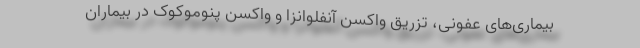
بیماری‌های عفونی، تزریق واکسن آنفلوانزا و واکسن پنوموکوک در بیماران